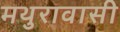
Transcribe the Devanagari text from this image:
मथुरावासी